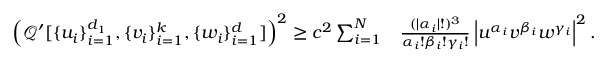
\begin{array} { r l } { \left( \mathcal { Q } ^ { \prime } [ \{ u _ { i } \} _ { i = 1 } ^ { d _ { 1 } } , \{ v _ { i } \} _ { i = 1 } ^ { k } , \{ w _ { i } \} _ { i = 1 } ^ { d } ] \right) ^ { 2 } \geq c ^ { 2 } \sum _ { i = 1 } ^ { N } } & { \frac { ( | \alpha _ { i } | ! ) ^ { 3 } } { \alpha _ { i } ! \beta _ { i } ! \gamma _ { i } ! } \left| u ^ { \alpha _ { i } } v ^ { \beta _ { i } } w ^ { \gamma _ { i } } \right| ^ { 2 } . } \end{array}